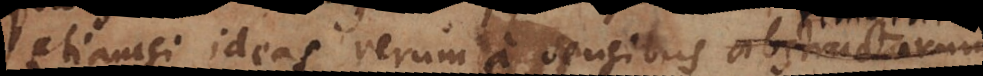
etiamsi ideas rerum a sensibus abstractarum